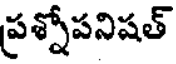
ప్రశ్నోపనిషత్